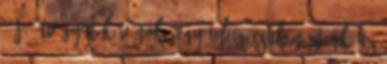
– Jó étvágyat kívánok. Egy ideig csak néztünk az